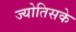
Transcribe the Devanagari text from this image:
ज्योतिसके